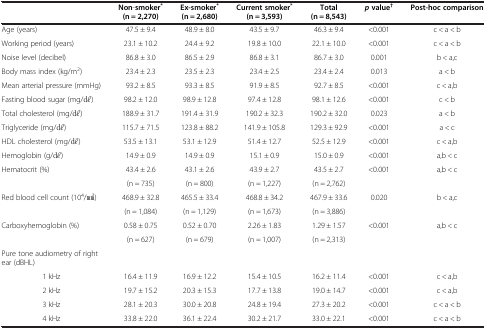
<table><thead><tr><td><b> </b></td><td><b>Non-smoker<sup>* </sup>(n = 2,270)</b></td><td><b>Ex-smoker<sup>* </sup>(n = 2,680)</b></td><td><b>Current smoker<sup>* </sup>(n = 3,593)</b></td><td><b>Total (n = 8,543)</b></td><td><b><i>p </i>value<sup>†</sup></b></td><td><b>Post-hoc comparison</b></td></tr></thead><tbody><tr><td>Age (years)</td><td>47.5 ± 9.4</td><td>48.9 ± 8.0</td><td>43.5 ± 9.7</td><td>46.3 ± 9.4</td><td>&lt;0.001</td><td>c &lt; a &lt; b</td></tr><tr><td>Working period (years)</td><td>23.1 ± 10.2</td><td>24.4 ± 9.2</td><td>19.8 ± 10.0</td><td>22.1 ± 10.0</td><td>&lt;0.001</td><td>c &lt; a &lt; b</td></tr><tr><td>Noise level (decibel)</td><td>86.8 ± 3.0</td><td>86.5 ± 2.9</td><td>86.8 ± 3.1</td><td>86.7 ± 3.0</td><td>0.001</td><td>b &lt; a,c</td></tr><tr><td>Body mass index (kg/m<sup>2</sup>)</td><td>23.4 ± 2.3</td><td>23.5 ± 2.3</td><td>23.4 ± 2.5</td><td>23.4 ± 2.4</td><td>0.013</td><td>a &lt; b</td></tr><tr><td>Mean arterial pressure (mmHg)</td><td>93.2 ± 8.5</td><td>93.3 ± 8.5</td><td>91.9 ± 8.5</td><td>92.7 ± 8.5</td><td>&lt;0.001</td><td>c &lt; a,b</td></tr><tr><td>Fasting blood sugar (mg/dl)</td><td>98.2 ± 12.0</td><td>98.9 ± 12.8</td><td>97.4 ± 12.8</td><td>98.1 ± 12.6</td><td>&lt;0.001</td><td>c &lt; b</td></tr><tr><td>Total cholesterol (mg/dl)</td><td>188.9 ± 31.7</td><td>191.4 ± 31.9</td><td>190.2 ± 32.3</td><td>190.2 ± 32.0</td><td>0.023</td><td>a &lt; b</td></tr><tr><td>Triglyceride (mg/dl)</td><td>115.7 ± 71.5</td><td>123.8 ± 88.2</td><td>141.9 ± 105.8</td><td>129.3 ± 92.9</td><td>&lt;0.001</td><td>a &lt; c</td></tr><tr><td>HDL cholesterol (mg/dl)</td><td>53.5 ± 13.1</td><td>53.1 ± 12.9</td><td>51.4 ± 12.7</td><td>52.5 ± 12.9</td><td>&lt;0.001</td><td>c &lt; a,b</td></tr><tr><td>Hemoglobin (g/dl)</td><td>14.9 ± 0.9</td><td>14.9 ± 0.9</td><td>15.1 ± 0.9</td><td>15.0 ± 0.9</td><td>&lt;0.001</td><td>a,b &lt; c</td></tr><tr><td>Hematocrit (%)</td><td>43.4 ± 2.6</td><td>43.1 ± 2.6</td><td>43.9 ± 2.7</td><td>43.5 ± 2.7</td><td>&lt;0.001</td><td>a,b &lt; c</td></tr><tr><td> </td><td>(n = 735)</td><td>(n = 800)</td><td>(n = 1,227)</td><td>(n = 2,762)</td><td> </td><td> </td></tr><tr><td>Red blood cell count (10<sup>4</sup>/mm3)</td><td>468.9 ± 32.8</td><td>465.5 ± 33.4</td><td>468.8 ± 34.2</td><td>467.9 ± 33.6</td><td>0.020</td><td>b &lt; a,c</td></tr><tr><td> </td><td>(n = 1,084)</td><td>(n = 1,129)</td><td>(n = 1,673)</td><td>(n = 3,886)</td><td> </td><td> </td></tr><tr><td>Carboxyhemoglobin (%)</td><td>0.58 ± 0.75</td><td>0.52 ± 0.70</td><td>2.26 ± 1.83</td><td>1.29 ± 1.57</td><td>&lt;0.001</td><td>a,b &lt; c</td></tr><tr><td> </td><td>(n = 627)</td><td>(n = 679)</td><td>(n = 1,007)</td><td>(n = 2,313)</td><td> </td><td> </td></tr><tr><td>Pure tone audiometry of right ear (dBHL)</td><td> </td><td> </td><td> </td><td> </td><td> </td><td> </td></tr><tr><td>1 kHz</td><td>16.4 ± 11.9</td><td>16.9 ± 12.2</td><td>15.4 ± 10.5</td><td>16.2 ± 11.4</td><td>&lt;0.001</td><td>c &lt; a,b</td></tr><tr><td>2 kHz</td><td>19.7 ± 15.2</td><td>20.3 ± 15.3</td><td>17.7 ± 13.8</td><td>19.0 ± 14.7</td><td>&lt;0.001</td><td>c &lt; a,b</td></tr><tr><td>3 kHz</td><td>28.1 ± 20.3</td><td>30.0 ± 20.8</td><td>24.8 ± 19.4</td><td>27.3 ± 20.2</td><td>&lt;0.001</td><td>c &lt; a &lt; b</td></tr><tr><td>4 kHz</td><td>33.8 ± 22.0</td><td>36.1 ± 22.4</td><td>30.2 ± 21.7</td><td>33.0 ± 22.1</td><td>&lt;0.001</td><td>c &lt; a &lt; b</td></tr></tbody></table>